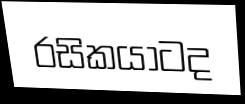
රසිකයාටද